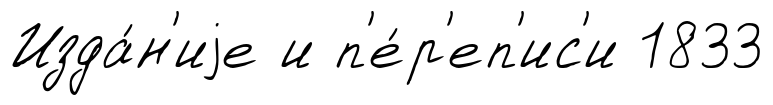
Изда́н'иjе и п'е́р'еп'ис'и 1833